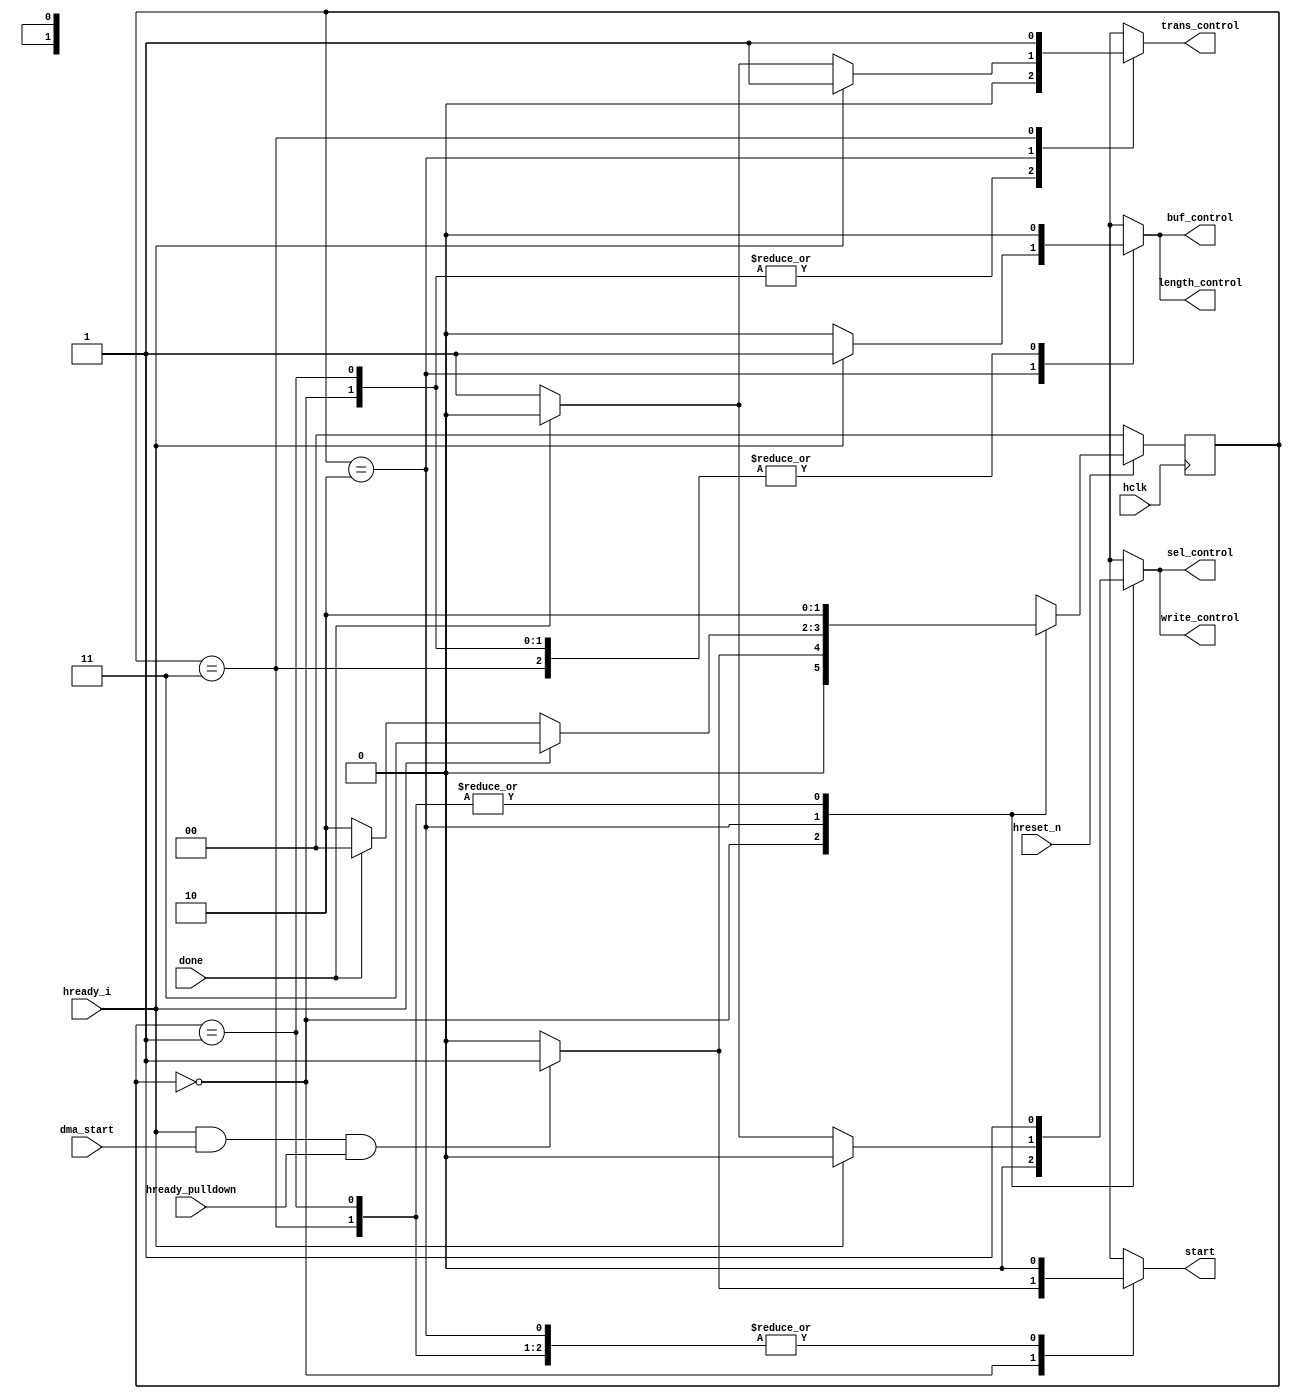
// DMA-Controller Module
// (c) 2016-04-29 by Reshma Siddalingadevaru

module DMA_controller (
 hclk,
 hreset_n,
 hready_i,
 start,
 sel_control,
 buf_control,
 write_control,
length_control,
trans_control,dma_start,done,hready_pulldown
);

parameter S0 = 2'b00, S1 = 2'b01, S2 = 2'b10, S3 = 2'b11;
reg [1:0] state;
reg [1:0] next_state;
reg [4:0] output_controls;

input wire hclk;
input wire hreset_n;
input wire hready_i;
input wire dma_start;
input wire done;
input wire hready_pulldown;

output reg start;
output reg sel_control;
output reg buf_control;
output reg write_control;
output reg length_control;
output reg trans_control;

always @(posedge hclk)
begin
	if(!hreset_n) begin
		state <= S0;
		end
	else
		state <= next_state;
end

always @(*)
begin
		case(state)
				
			S0 : begin
					if(hready_i && dma_start && hready_pulldown) 
						begin
						next_state <= S1;
						start <= 1'b1;
						sel_control <= 1'b0;
						buf_control <= 1'b0;
						write_control <= 1'b0;
						length_control <= 1'b0;
						trans_control <= 1'b0;
						end
					 else begin
						next_state <= S0;
						start <= 1'b0;
						sel_control <= 1'b0;
						buf_control <= 1'b0;
						write_control <= 1'b0;
						length_control <= 1'b0;
						trans_control <= 1'b0;
						end
			      end
				 
			S1 : begin
					next_state <= S2;
					start <= 1'b0;
					sel_control <= 1'b1;
					buf_control <= 1'b0;
					write_control <= 1'b1;
					length_control <= 1'b0;
					trans_control <= 1'b0;
				 end
				 
			S2 : begin
					if(hready_i ) begin	
						next_state <= S3;
						start <= 1'b0;
						sel_control <= 1'b0;
						buf_control <= 1'b1;
						write_control <= 1'b0;
						length_control <= 1'b1;
						trans_control <= 1'b1;
						end
					
					else if (done) begin
					next_state <= S0;
						start <= 1'b0;
						sel_control <= 1'b0;
						buf_control <= 1'b0;
						write_control <= 1'b0;
						length_control <= 1'b0;
						trans_control <= 1'b0;
						 end
					 
					
					else begin
						next_state <= S2;
						start <= 1'b0;
						sel_control <= 1'b1;
						buf_control <= 1'b0;
						write_control <= 1'b1;
						length_control <= 1'b0;
						trans_control <= 1'b1;
						end
				end
	
			S3 : begin
						next_state <= S2;
						start <= 1'b0;
						sel_control <= 1'b1;
						buf_control <= 1'b0;
						write_control <= 1'b1;
						length_control <= 1'b0;	
						trans_control <= 1'b1; 
				end
										
		endcase
end

endmodule